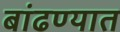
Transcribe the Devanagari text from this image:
बांढण्यात